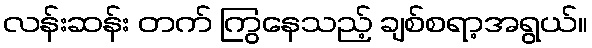
လန်းဆန်း တက် ကြွနေသည့် ချစ်စရာ့အရွယ်။